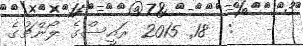
-   :  18